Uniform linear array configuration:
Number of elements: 4
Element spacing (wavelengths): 0.5
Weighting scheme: hann
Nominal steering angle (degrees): -45
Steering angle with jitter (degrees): -45.349
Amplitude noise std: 0.05
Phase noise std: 0.05

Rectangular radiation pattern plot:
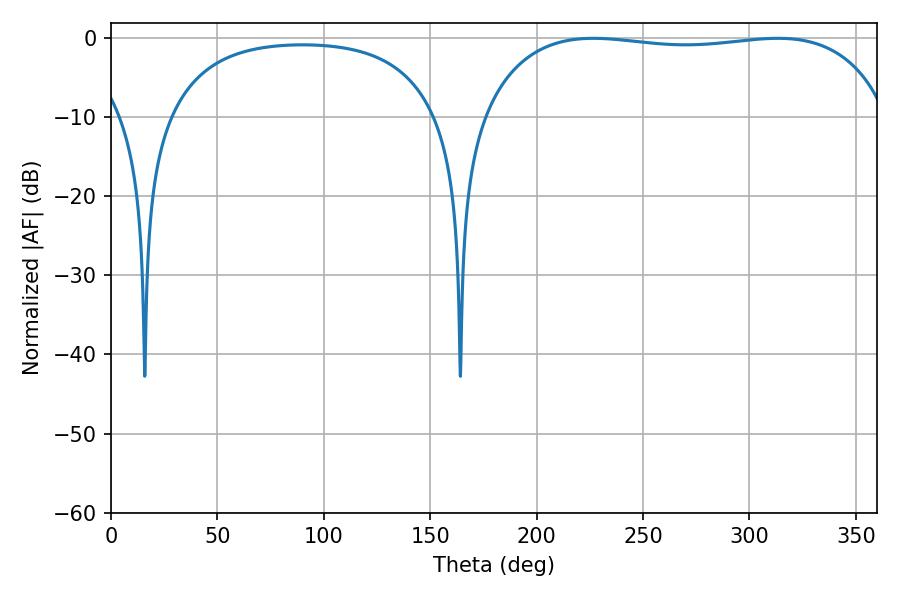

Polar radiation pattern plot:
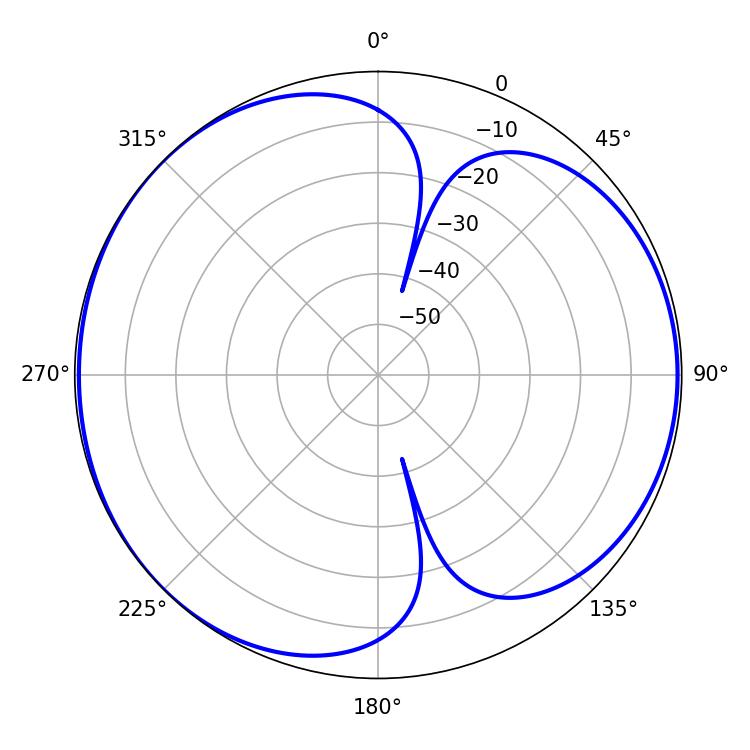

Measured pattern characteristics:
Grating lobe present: FALSE
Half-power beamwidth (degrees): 153.72
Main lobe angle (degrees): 226.62